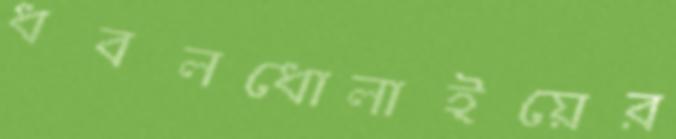
ধবলধোলাইয়ের